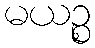
မယဉ္စ